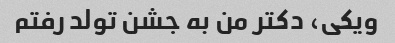
ویکی، دکتر من به جشن تولد رفتم